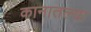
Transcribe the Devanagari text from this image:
कानातल्या